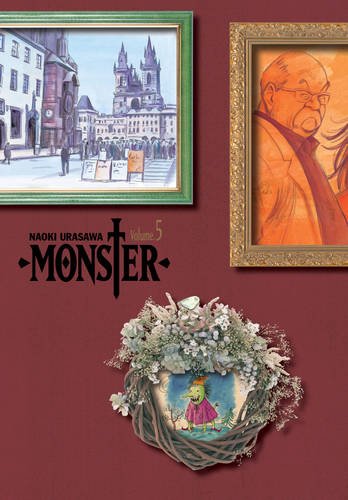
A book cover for Monster, Vol. 5: The Perfect Edition; Naoki Urasawa; Comics & Graphic Novels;